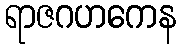
ရာဇဂဟကေန